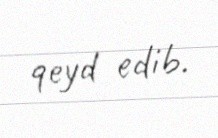
qeyd edib.